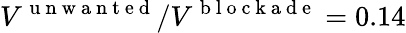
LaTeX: V^{\mathrm{~u~n~w~a~n~t~e~d~}}/V^{\mathrm{~b~l~o~c~k~a~d~e~}}=0.14